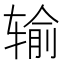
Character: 输